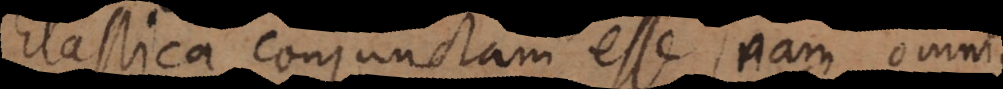
Elastica conjunctam esse, nam omnis